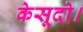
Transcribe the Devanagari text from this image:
केसूदो।